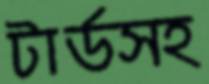
টার্ডসহ